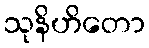
သုနိဟိတော